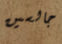
جالسين